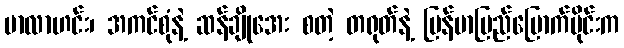
မာလာဟင်း၊ အကင်စုံနဲ့ ဆန်ချိုအေး စတဲ့ တရုတ်နဲ့ မြန်မာပြည်မြောက်ပိုင်းက